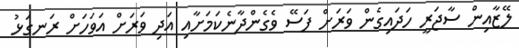
ލޭޒާއިން ސާޖަރީ ހަދައިގެން ވަރަށް ފަސޭ ވެގެންދާނެކަމަށާއި އަދި ވަރަށް އަވަހަށް ރަނގަޅު